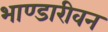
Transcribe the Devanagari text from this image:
भाण्डारीवन